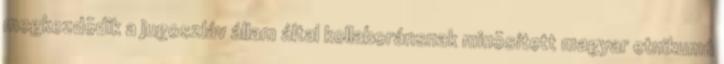
megkezdõdik a jugoszláv állam által kollaboránsnak minõsített magyar etnikumú